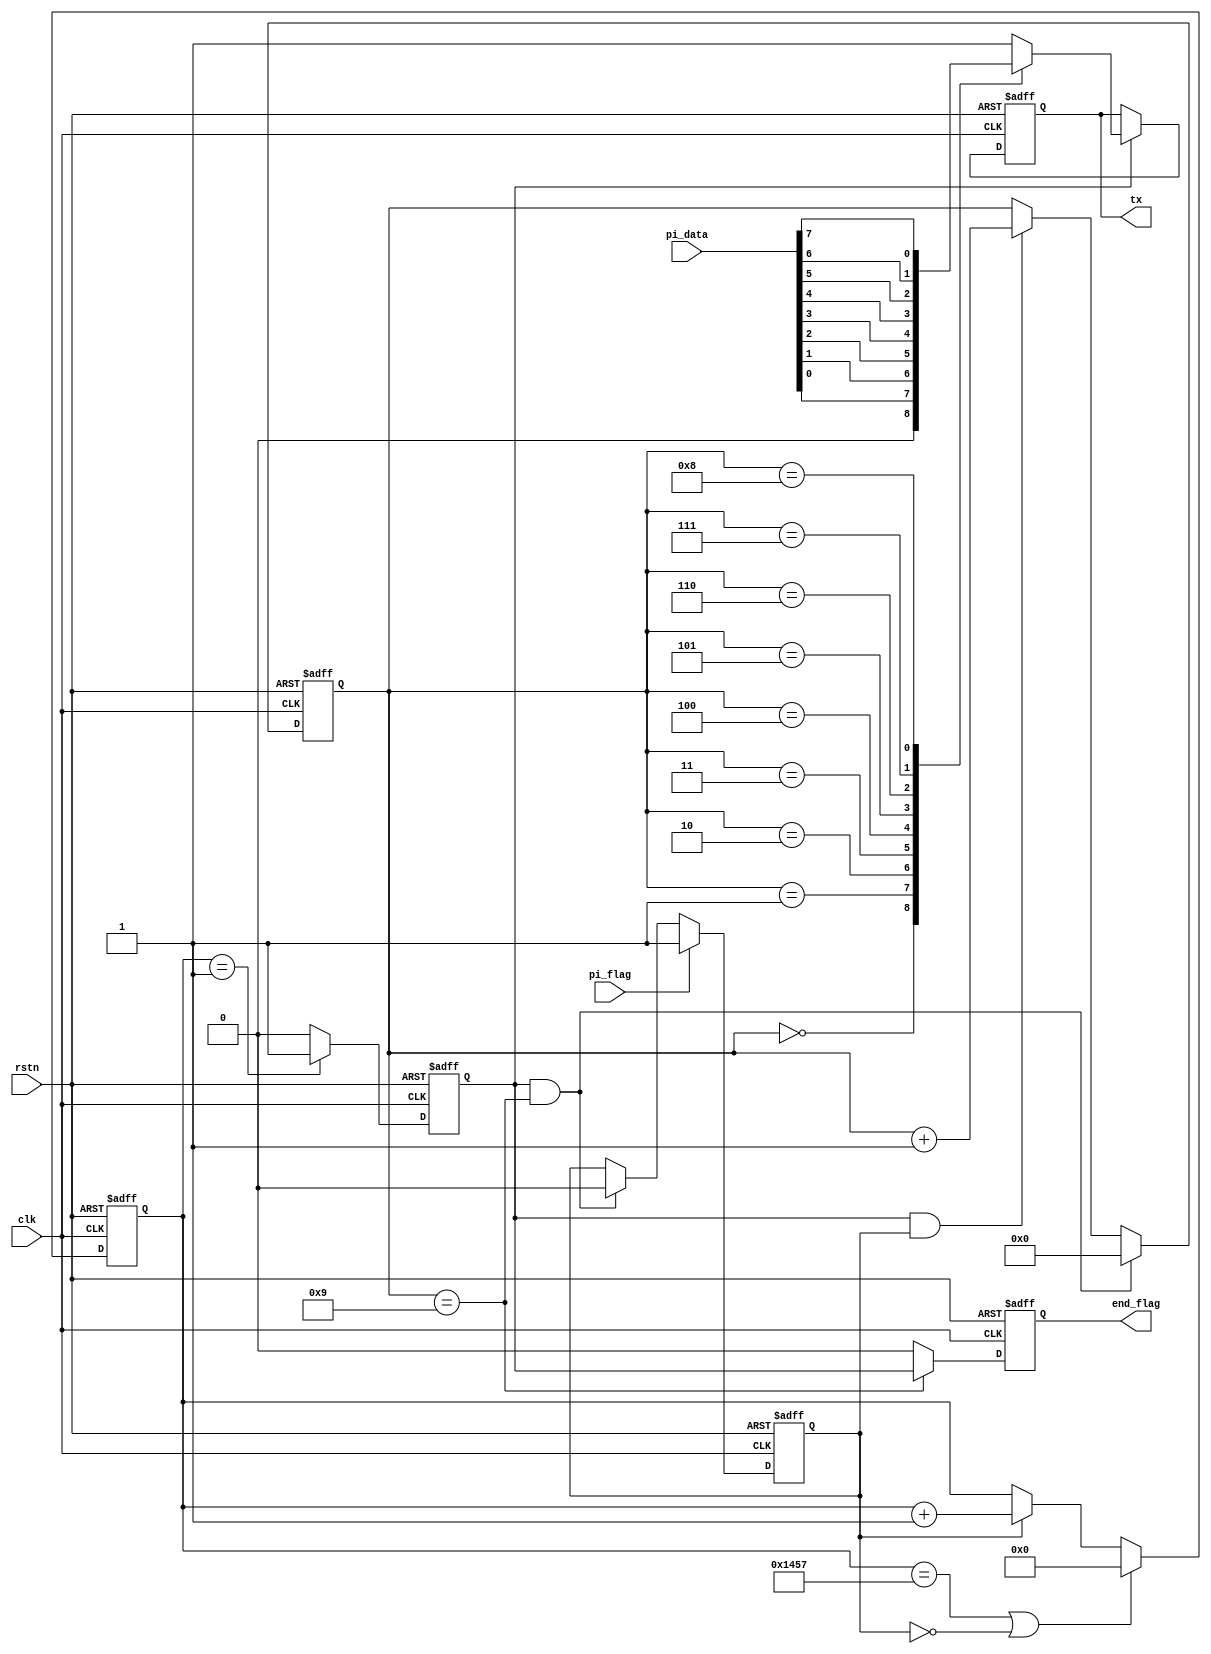
module  uart
#(
    parameter   UART_BPS    =   'd9600,         //
    parameter   CLK         =   'd50_000_000    //
)
(
     input   wire            clk     ,   //50MHz
     input   wire            rstn    ,   //
     input   wire    [7:0]   pi_data     ,   //8bit
     input   wire            pi_flag     ,   //
 
     output  reg             tx         ,     //1bit
     output  reg             end_flag
);

//********************************************************************//
//****************** Parameter and Internal Signal *******************//
//********************************************************************//
//localparam    define
localparam  BAUD_CNT_MAX    =   CLK / UART_BPS   ;

//reg   define
reg [12:0]  baud_cnt;
reg         bit_flag;
reg [3:0]   bit_cnt ;
reg         work_en ;

//********************************************************************//
//***************************** Main Code ****************************//
//********************************************************************//
//work_en:
always@(posedge clk or negedge rstn)
        if(rstn == 1'b0)
            work_en <= 1'b0;
        else    if(pi_flag == 1'b1)
            work_en <= 1'b1;
        else    if((bit_flag == 1'b1) && (bit_cnt == 4'd9))
            work_en <= 1'b0;

//baud_cnt:0BAUD_CNT_MAX - 1
always@(posedge clk or negedge rstn)
        if(rstn == 1'b0)
            baud_cnt <= 13'b0;
        else    if((baud_cnt == BAUD_CNT_MAX - 1) || (work_en == 1'b0))
            baud_cnt <= 13'b0;
        else    if(work_en == 1'b1)
            baud_cnt <= baud_cnt + 1'b1;

//bit_flag:baud_cnt1bit_flag
always@(posedge clk or negedge rstn)
        if(rstn == 1'b0)
            bit_flag <= 1'b0;
        else    if(baud_cnt == 13'd1)
            bit_flag <= 1'b1;
        else
            bit_flag <= 1'b0;

//bit_cnt:10
always@(posedge clk or negedge rstn)
    if(rstn == 1'b0)
        bit_cnt <= 4'b0;
    else    if((bit_flag == 1'b1) && (bit_cnt == 4'd9))begin
        bit_cnt <= 4'b0;
    end
    else    if((bit_flag == 1'b1) && (work_en == 1'b1))
        bit_cnt <= bit_cnt + 1'b1;

//tx:rs23201
always@(posedge clk or negedge rstn)
        if(rstn == 1'b0)
            tx <= 1'b1; //
        else    if(bit_flag == 1'b1)
            case(bit_cnt)
                0       : tx <= 1'b0;
                1       : tx <= pi_data[0];
                2       : tx <= pi_data[1];
                3       : tx <= pi_data[2];
                4       : tx <= pi_data[3];
                5       : tx <= pi_data[4];
                6       : tx <= pi_data[5];
                7       : tx <= pi_data[6];
                8       : tx <= pi_data[7];
                9       : tx <= 1'b1;
                default : tx <= 1'b1;
            endcase

always @(posedge clk or negedge rstn) begin
    if(!rstn)
        end_flag <= 0;
    else if(bit_cnt == 4'd9)
        end_flag <= bit_flag;
    else
        end_flag <= 0;
end            
endmodule